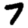
Digit: 7